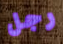
رجل